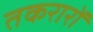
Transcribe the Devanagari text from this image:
तकरारों